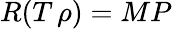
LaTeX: R(T\, \rho)=MP